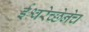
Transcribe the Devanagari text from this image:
ईश्वरेच्छेनेच